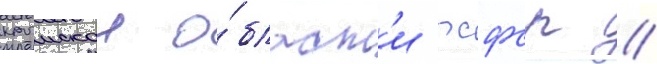
крымскои о́бласт'и рсфср //